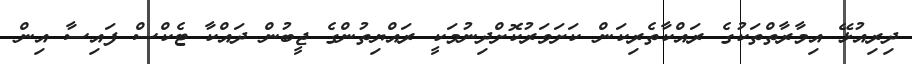
ދިރިއުޅޭ އިމާރާތްތަކުގެ ރައްކާތެރިކަން ކަށަވަރުކޮށްދިނުމަކީ ރައްޔިތުންގެ ޖީބުން ދައްކާ ޓެކްސް ފައިސާ އިން